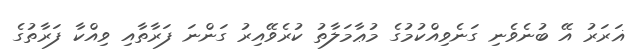
ޣަރަރު އޭ ބުނެވެނި ގަނެވިއްކުމުގެ މުޢާމަލާތު ކުރެވޭއިރު ގަންނަ ފަރާތާއި ވިއްކާ ފަރާތުގެ